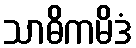
သာဓိကမိဒံ